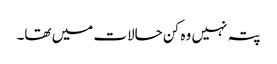
پتہ نہیں وہ کن حالات میں تھا۔